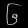
Digit: ၆